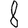
Digit: 8